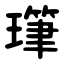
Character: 㻶